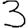
Digit: 3